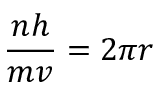
{ \frac { n h } { m v } } = 2 \pi r